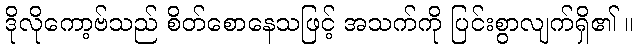
ဒိုလိုကော့ဗ်သည် စိတ်စောနေသဖြင့် အသက်ကို ပြင်းစွာလျက်ရှိ၏ ။